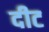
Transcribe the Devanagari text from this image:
दीट